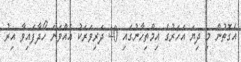
އެގޮތުން މި ދިޔަ އަހަރުގެ އިމްތިހާނުގައި 40 ދަރިވަރަކު އެއްވަނަ ހޯދާފައިވާ އިރު